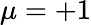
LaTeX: \mu=+1